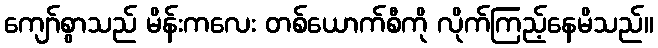
ကျော်စွာသည် မိန်းကလေး တစ်ယောက်စီကို လိုက်ကြည့်နေမိသည်။